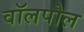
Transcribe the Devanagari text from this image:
वॉलपोल